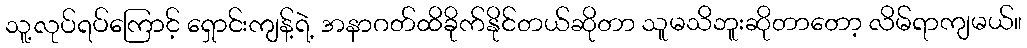
သူ့လုပ်ရပ်ကြောင့် ရှောင်းကျန့်ရဲ့ အနာဂတ်ထိခိုက်နိုင်တယ်ဆိုတာ သူမသိဘူးဆိုတာတော့ လိမ်ရာကျမယ်။